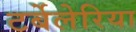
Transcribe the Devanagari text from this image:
टर्बेलेरिया